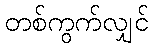
တစ်ကွက်လျှင်